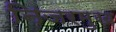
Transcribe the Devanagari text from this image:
निजरमुख